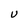
Character: U